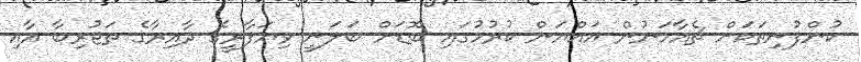
ކުންފުނިތަކަށް ޗެއާމަނުން އައްޔަން ކުރުމުގައި ބޮޑަށް ބަލަނީ ވިޔަފާރީގެ ދާއިރާގެ ތަޖުރިބާ އާއި